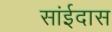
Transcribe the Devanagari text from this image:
सांईदास